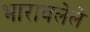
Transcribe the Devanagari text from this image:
भारावलेले